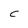
Character: c